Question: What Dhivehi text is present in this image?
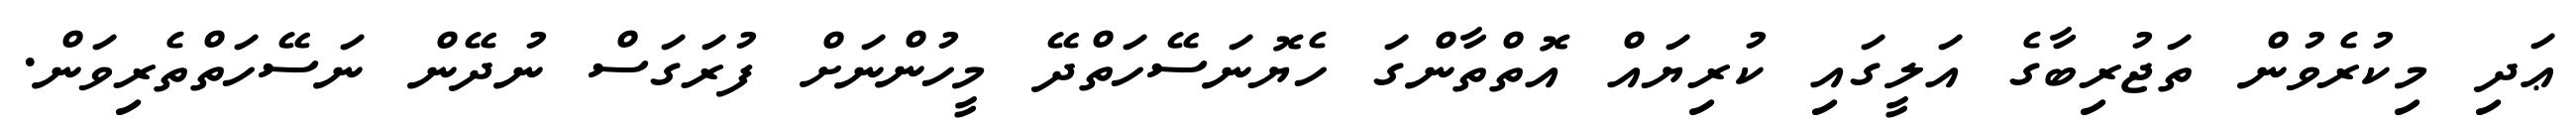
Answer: ޢަދި މިކުރެވުން ތަޖުރިބާގެ އަލީގައި ކުރިޔައް އޮތްތާންގަ ހެޔޮނަސޭހަތްދޭ މީހުންނަށް ފުރަގަސް ނުދޭން ނަސޭހަތްތެރިވަން.